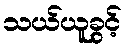
သယ်ယူခွင့်